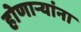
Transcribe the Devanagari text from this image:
होणाऱ्यांना